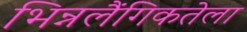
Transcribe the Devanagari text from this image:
भिन्नलैंगिकतेला